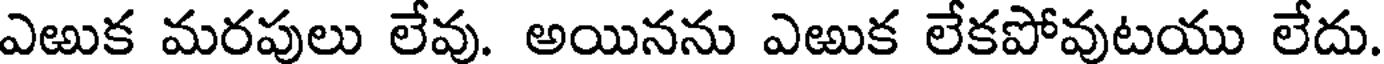
ఎఱుక మరపులు లేవు. అయినను ఎఱుక లేకపోవుటయు లేదు